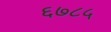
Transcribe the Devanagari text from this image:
६७८५